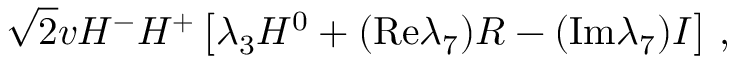
\sqrt { 2 } v H ^ { - } H ^ { + } \left[ \lambda _ { 3 } H ^ { 0 } + ( \mathrm { R e } \lambda _ { 7 } ) R - ( \mathrm { I m } \lambda _ { 7 } ) I \right] \, ,